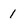
Character: 1